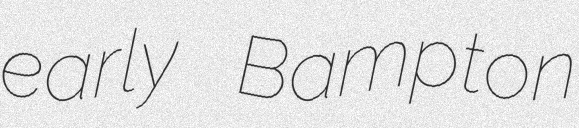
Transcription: early Bampton